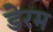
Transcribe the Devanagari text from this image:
डेरम